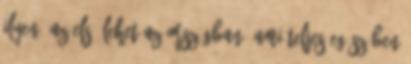
ilyen, az első lehet az országban, ami teljes egészében